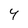
Character: 4